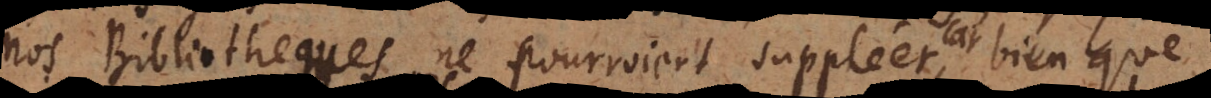
nos Bibliotheques ne pourroient suppléer, car bien que